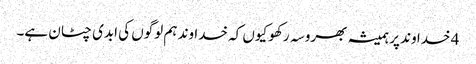
4 خدا وند پر ہمیشہ بھروسہ رکھو کیوں کہ خدا وند ہم لوگوں کی ابدی چٹان ہے۔